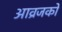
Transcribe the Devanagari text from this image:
आव्रजकों